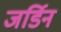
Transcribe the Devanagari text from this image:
जर्डिन